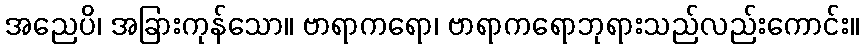
အညေပိ၊ အခြားကုန်သော။ ဗာရာကရော၊ ဗာရာကရောဘုရားသည်လည်းကောင်း။